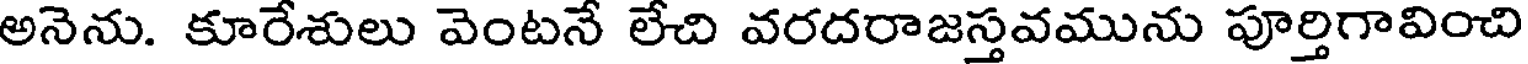
అనెను. కూరేశులు వెంటనే లేచి వరదరాజస్తవమును పూర్తిగావించి